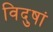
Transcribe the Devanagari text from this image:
विदुषां